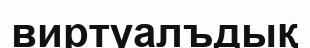
виртуалъдық